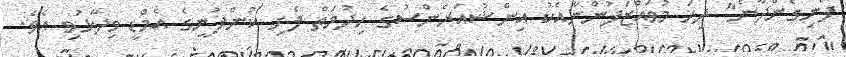
ފެނިގެންދާނެ" ދިހަ މުވައްޒަފުންނާއެކު އިންޝުއަރެންސުގެ ހިދުމަތް ފެށި ކުންފުނީގެ އެމްޑީ ވިދާޅުވި އެވެ.